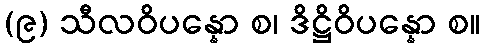
(၉) သီလဝိပန္နော စ၊ ဒိဋ္ဌိဝိပန္နော စ။